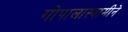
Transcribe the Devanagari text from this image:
गोपालास्वामीने